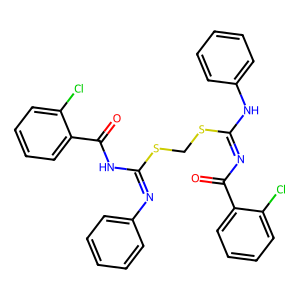
SMILES: O=C(N=C(Nc1ccccc1)SCSC(=Nc1ccccc1)NC(=O)c1ccccc1Cl)c1ccccc1Cl
Inhibits HIV replication: No